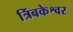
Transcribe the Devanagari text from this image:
त्रिंबकेश्वर